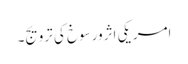
امریکی اثرورسوخ کی ترویج۔